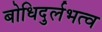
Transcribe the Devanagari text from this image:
बोधिदुर्लभत्व